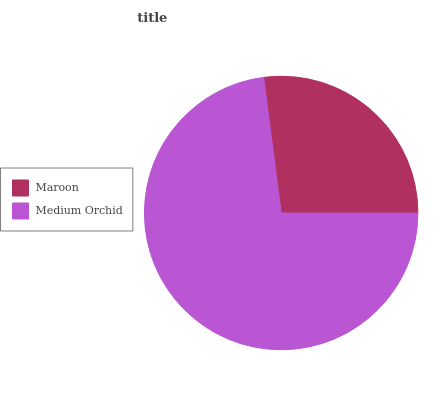
| Maroon | Medium Orchid |
 | --- | --- |
 | 27.1% | 72.9% |